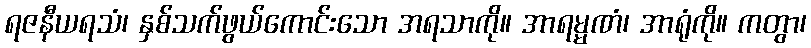
ရဇနီယရသံ၊ နှစ်သက်ဖွယ်ကောင်းသော အရသာကို။ အာရမ္မဏံ၊ အာရုံကို။ ကတွာ၊